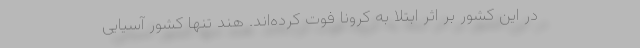
در این کشور بر اثر ابتلا به کرونا فوت کرده‌اند. هند تنها کشور آسیایی